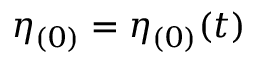
\eta _ { ( 0 ) } = \eta _ { ( 0 ) } ( t )